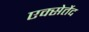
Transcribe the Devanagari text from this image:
एक्सेर्तेद